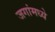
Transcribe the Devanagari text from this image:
जगांमध्ये